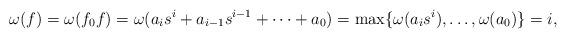
LaTeX: \begin{align*}\omega(f)=\omega(f_{0}f)=\omega(a_{i}s^{i}+a_{i-1}s^{i-1}+\cdots+a_{0})=\max\{\omega(a_{i}s^{i}),\ldots,\omega(a_{0})\}=i,\end{align*}